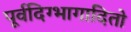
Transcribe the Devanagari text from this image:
पूर्वदिग्भागादितो